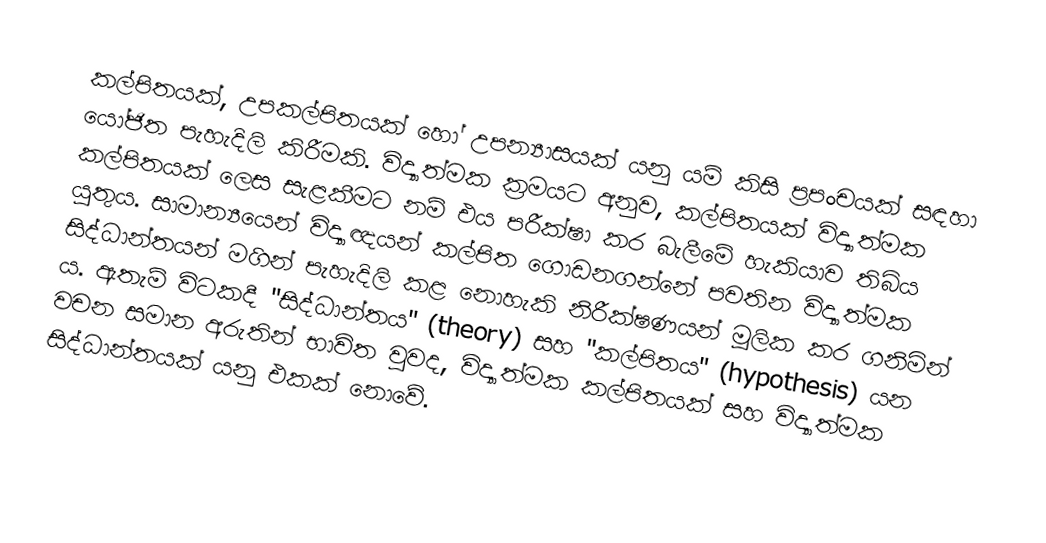
කල්පිතයක්, උපකල්පිතයක් හෝ උපන්‍යාසයක් යනු යම් කිසි ප්‍රපංචයක් සඳහා යෝජිත පැහැදිලි කිරීමකි. විද්‍යාත්මක ක්‍රමයට අනුව, කල්පිතයක් විද්‍යාත්මක කල්පිතයක් ලෙස සැළකීමට නම් එය පරීක්ෂා කර බැලීමේ හැකියාව තිබිය යුතුය. සාමාන්‍යයෙන් විද්‍යාඥයන් කල්පිත ගොඩනගන්නේ පවතින විද්‍යාත්මක සිද්ධාන්තයන් මගින් පැහැදිලි කළ නොහැකි නිරීක්ෂණයන් මූලික කර ගනිමින් ය. ඇතැම් විටකදී "සිද්ධාන්තය" (theory) සහ "කල්පිතය" (hypothesis) යන වචන සමාන අරුතින් භාවිත වුවද, විද්‍යාත්මක කල්පිතයක් සහ විද්‍යාත්මක සිද්ධාන්තයක් යනු එකක් නොවේ.